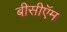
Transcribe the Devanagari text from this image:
बीसीऍम